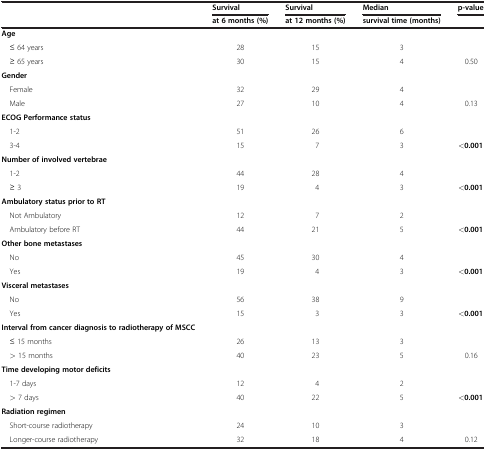
<table><thead><tr><td rowspan="2"><b> </b></td><td><b>Survival</b></td><td><b>Survival</b></td><td><b>Median</b></td><td><b>p-value</b></td></tr><tr><td><b>at 6 months (%)</b></td><td><b>at 12 months (%)</b></td><td><b>survival time (months)</b></td><td><b> </b></td></tr></thead><tbody><tr><td><b>Age</b></td><td> </td><td> </td><td> </td><td> </td></tr><tr><td> ≤ 64 years</td><td>28</td><td>15</td><td>3</td><td> </td></tr><tr><td> ≥ 65 years</td><td>30</td><td>15</td><td>4</td><td>0.50</td></tr><tr><td><b>Gender</b></td><td> </td><td> </td><td> </td><td> </td></tr><tr><td> Female</td><td>32</td><td>29</td><td>4</td><td> </td></tr><tr><td> Male</td><td>27</td><td>10</td><td>4</td><td>0.13</td></tr><tr><td><b>ECOG Performance status</b></td><td> </td><td> </td><td> </td><td> </td></tr><tr><td> 1-2</td><td>51</td><td>26</td><td>6</td><td> </td></tr><tr><td> 3-4</td><td>15</td><td>7</td><td>3</td><td><b>&lt;0.001</b></td></tr><tr><td><b>Number of involved vertebrae</b></td><td> </td><td> </td><td> </td><td rowspan="2"> </td></tr><tr><td> 1-2</td><td>44</td><td>28</td><td>4</td></tr><tr><td> ≥ 3</td><td>19</td><td>4</td><td>3</td><td><b>&lt;0.001</b></td></tr><tr><td><b>Ambulatory status prior to RT</b></td><td> </td><td> </td><td> </td><td> </td></tr><tr><td> Not Ambulatory</td><td>12</td><td>7</td><td>2</td><td> </td></tr><tr><td> Ambulatory before RT</td><td>44</td><td>21</td><td>5</td><td><b>&lt;0.001</b></td></tr><tr><td><b>Other bone metastases</b></td><td> </td><td> </td><td> </td><td> </td></tr><tr><td> No</td><td>45</td><td>30</td><td>4</td><td> </td></tr><tr><td> Yes</td><td>19</td><td>4</td><td>3</td><td><b>&lt;0.001</b></td></tr><tr><td><b>Visceral metastases</b></td><td> </td><td> </td><td> </td><td> </td></tr><tr><td> No</td><td>56</td><td>38</td><td>9</td><td> </td></tr><tr><td> Yes</td><td>15</td><td>3</td><td>3</td><td><b>&lt;0.001</b></td></tr><tr><td><b>Interval from cancer diagnosis to radiotherapy of MSCC</b></td><td> </td><td> </td><td> </td><td> </td></tr><tr><td> ≤ 15 months</td><td>26</td><td>13</td><td>3</td><td> </td></tr><tr><td> &gt; 15 months</td><td>40</td><td>23</td><td>5</td><td>0.16</td></tr><tr><td><b>Time developing motor deficits</b></td><td> </td><td> </td><td> </td><td> </td></tr><tr><td> 1-7 days</td><td>12</td><td>4</td><td>2</td><td> </td></tr><tr><td> &gt; 7 days</td><td>40</td><td>22</td><td>5</td><td><b>&lt;0.001</b></td></tr><tr><td><b>Radiation regimen</b></td><td> </td><td> </td><td> </td><td> </td></tr><tr><td> Short-course radiotherapy</td><td>24</td><td>10</td><td>3</td><td> </td></tr><tr><td> Longer-course radiotherapy</td><td>32</td><td>18</td><td>4</td><td>0.12</td></tr></tbody></table>